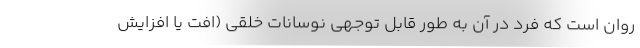
روان است که فرد در آن به طور قابل توجهی نوسانات خُلقی (افت یا افزایش